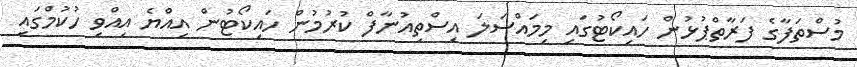
މުސްތަފާގެ ފަރާތްޕުޅުން ހައިކޯޓުގައި މިމައްސަލަ އިސްތިއުނާފް ކުރުމުން ހައިކޯޓުން އިއްޔެ އިއްވި ހުކުމްގައި